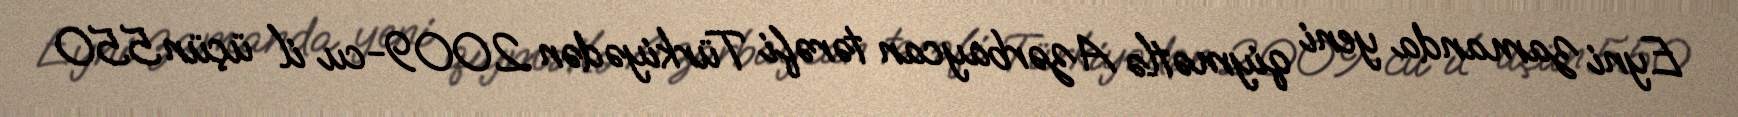
Eyni zamanda yeni qiymətlə Azərbaycan tərəfi Türkiyədən 2009-cu il üçün 550